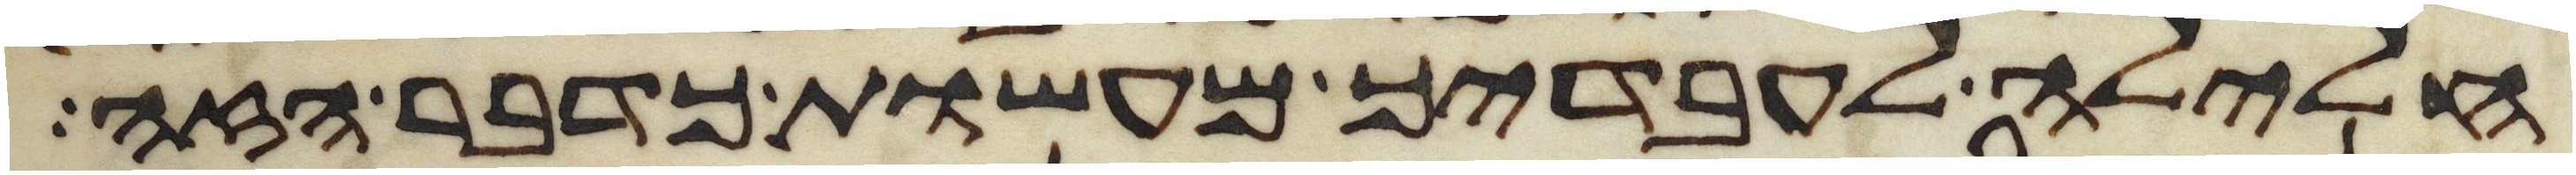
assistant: חלילה לעבדיך מעשות כדבר הזה